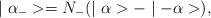
LaTeX: \begin{align*}\mid \alpha_{-}>=N_{-}(\mid \alpha>-\mid -\alpha>),\end{align*}